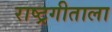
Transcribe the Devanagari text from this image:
राष्ट्रगीताला